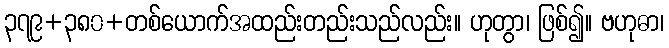
၃၇၉+၃၈၀+တစ်ယောက်အထည်းတည်းသည်လည်း။ ဟုတွာ၊ ဖြစ်၍။ ဗဟုဓာ၊